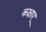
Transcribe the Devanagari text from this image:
कक्षाए